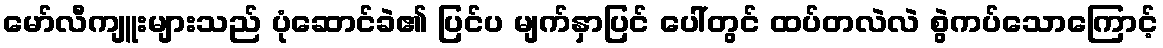
မော်လီကျူးများသည် ပုံဆောင်ခဲ၏ ပြင်ပ မျက်နှာပြင် ပေါ်တွင် ထပ်တလဲလဲ စွဲကပ်သောကြောင့်